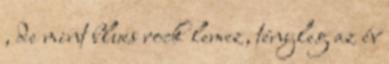
, de mint blues rock lemez, tényleg az év